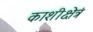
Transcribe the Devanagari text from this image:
काशीक्षेत्रं